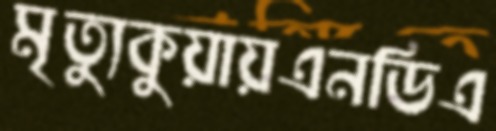
মৃত্যুকুয়ায়এনডিএ